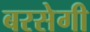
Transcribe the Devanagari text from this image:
बरसेगी